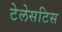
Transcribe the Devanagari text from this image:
टेलेसटिस